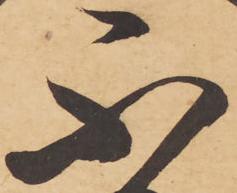
不